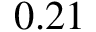
0 . 2 1